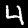
Label: 4